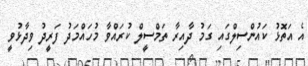
އެ އަތޮޅު ކައުންސިލްގައި ގަމު ދާއިރާ ތަމްސީލް ކުރައްވާ މުހައްމަދު ފަރީދު ވިދާޅުވީ